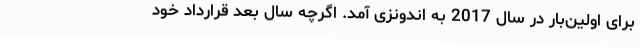
برای اولین‌بار در سال 2017 به اندونزی آمد. اگرچه سال بعد قرارداد خود